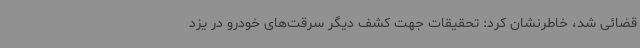
قضائی شد، خاطرنشان کرد: تحقیقات جهت کشف دیگر سرقت‌های خودرو در یزد